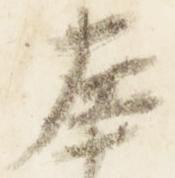
左